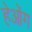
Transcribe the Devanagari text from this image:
हेओंग